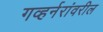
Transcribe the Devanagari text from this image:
गव्हर्नरांवरील